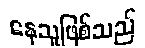
နေသူဖြစ်သည်